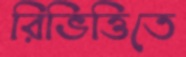
রিভিত্তিতে